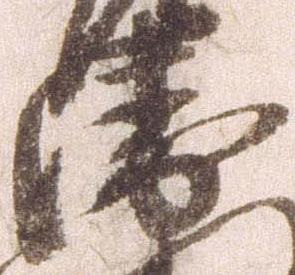
衛